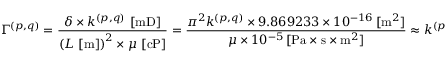
\Gamma ^ { ( p , q ) } = \frac { \delta \times k ^ { ( p , q ) } \, \left[ \mathrm { { m D } } \right] } { \left( L \, \left[ \mathrm { { m } } \right] \right) ^ { 2 } \times \mu \, \left[ \mathrm { { c P } } \right] } = \frac { \pi ^ { 2 } k ^ { ( p , q ) } \times 9 . 8 6 9 2 3 3 \times 1 0 ^ { - 1 6 } \, [ \mathrm { { m } } ^ { 2 } ] } { \mu \times 1 0 ^ { - 5 } \, [ \mathrm { { P a } } \times \mathrm { { s } } \times \mathrm { { m } } ^ { 2 } ] } \approx k ^ { ( p , q ) } \, \left[ \frac { 1 } { \mathrm { { G P a } } \times \mathrm { { s } } } \right] \, ,